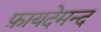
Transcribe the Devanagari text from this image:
फ़ायदेमन्द